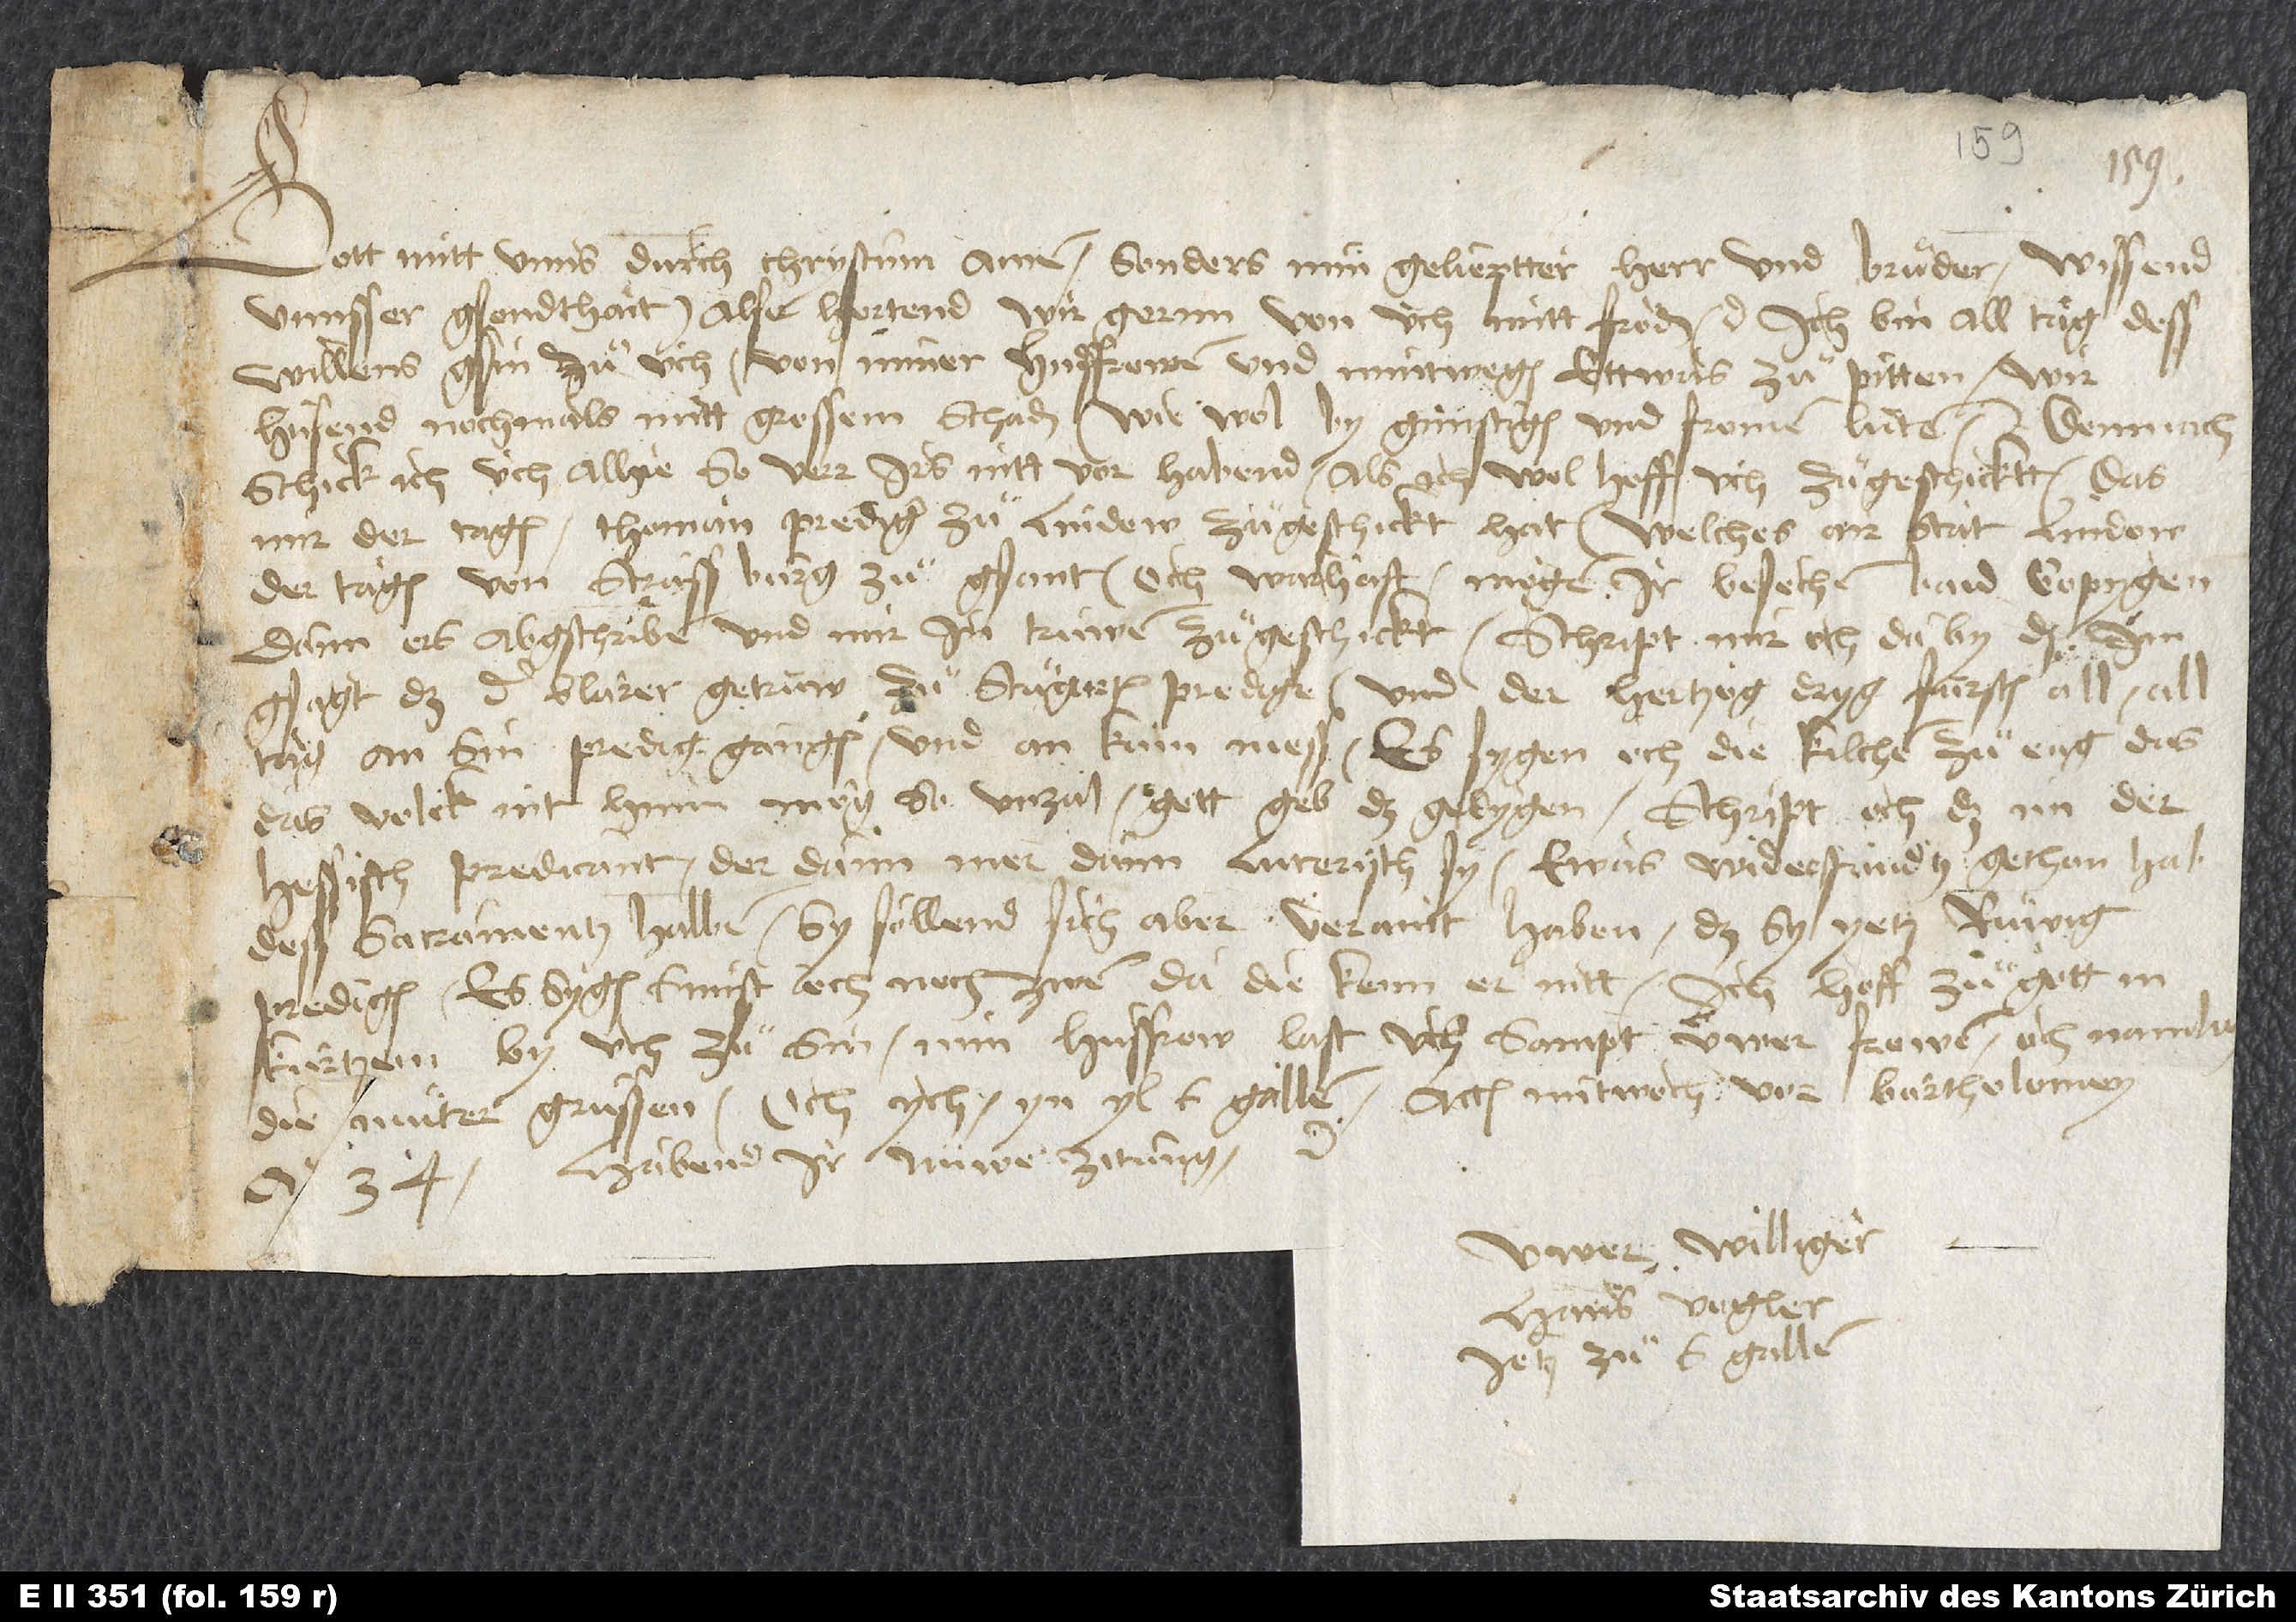
Gott mitt unns durch Christum. Amen. Sonders min gelieptter herr und bruͦder, wissend
unnsser gsondthait. Also hortend wir gernn von üch mitt fröden etc. Ich bin all tag dess
willens gsin, zuͦ üch von miner husfrowen und mintwegen ettwas zuͦ pitten. Wir
husend nochmals mitt grossem schaden, wiewol by günstigen und fromen lüten. Demnach
schick ich üch alhie, sover irs nitt vor habend, als ich wol hoff üch zuͦgeschicktt, das
mir der tagen Thoman, prediger zuͦ Lindow, zuͦgeschickt hat, welches air stat Lindow
der tagen von Strassburg zuͦgsant, och warhaft mögen ir besechen baid kopygen,
dann ers abgschriben und mir in truwen zuͦgeschickt. Schript mir och daby, daß im
gsagt, daß der Blarer getrüw zuͦ Stuͦgarten predige und der hertzog dryg fürsten all, all
tag an sin predig gangen und an kain mess. Es sygen och die kilchen zuͦ eng, das
das volck nit hinin mög so unzal. Gott geb das gelygen . Schript och, daß im der
etc.
hessisch predicant, der dann mer dann luterisch sy, etwas widerstandtz gethon hab
dess sacramentz halben. Sy söllend sich aber veraintt haben, daß sy jetz ruͤwig
predigen. Es sygen sunst och noch zwen da, die kenn er nitt. Ich hoff zuͦ gott, in
kurtzem by üch zuͦ sin. Min husfrow last üch sampt üwer frowen, och namlich
die muͦter, grüssen; och ych. Yn yl, S. Gallen, actum mitwoch vor Bartholomey
34. Habend ir nüwer zitung
Üwer williger
Hans Vogler,
jetz zu S. Gallen.